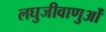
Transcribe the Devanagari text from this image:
लघुजीवाणुओं